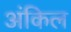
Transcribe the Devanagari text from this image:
अंकिल